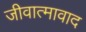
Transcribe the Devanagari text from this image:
जीवात्मावाद